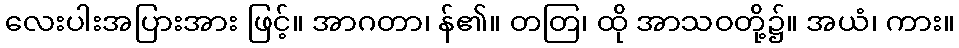
လေးပါးအပြားအား ဖြင့်။ အာဂတာ၊ န်၏။ တတြ၊ ထို အာသဝတို့၌။ အယံ၊ ကား။